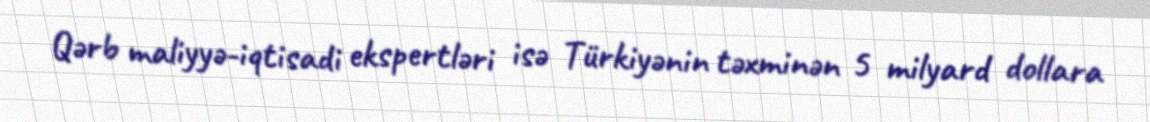
Qərb maliyyə-iqtisadi ekspertləri isə Türkiyənin təxminən 5 milyard dollara